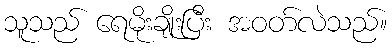
သူသည် ရေမိုးချိုးပြီး အဝတ်လဲသည်။